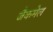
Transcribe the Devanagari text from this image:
जैकमेल